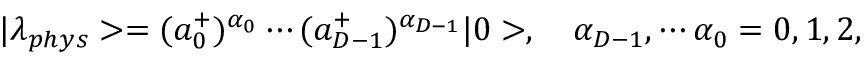
| \lambda _ { p h y s } > = ( a _ { 0 } ^ { + } ) ^ { \alpha _ { 0 } } \cdots ( a _ { D - 1 } ^ { + } ) ^ { \alpha _ { D - 1 } } | 0 > , \ \ \ \alpha _ { D - 1 } , \cdots \alpha _ { 0 } = 0 , 1 , 2 ,